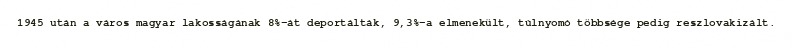
1945 után a város magyar lakosságának 8%-át deportálták, 9,3%-a elmenekült, túlnyomó többsége pedig reszlovakizált.